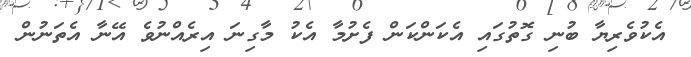
އެކުވެރިޔާ ބުނި ގޮތުގައި އެކަންކަން ފެށުމާ އެކު މާގިނަ އިރެއްނުވެ އޭނާ އެތަނުން